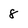
Character: 8